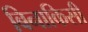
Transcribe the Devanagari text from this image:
बिनाकिसी